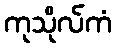
ကုသိုလ်ကံ